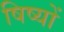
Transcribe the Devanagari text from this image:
षिष्यों